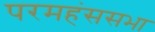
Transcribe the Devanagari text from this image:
परमहंससभा